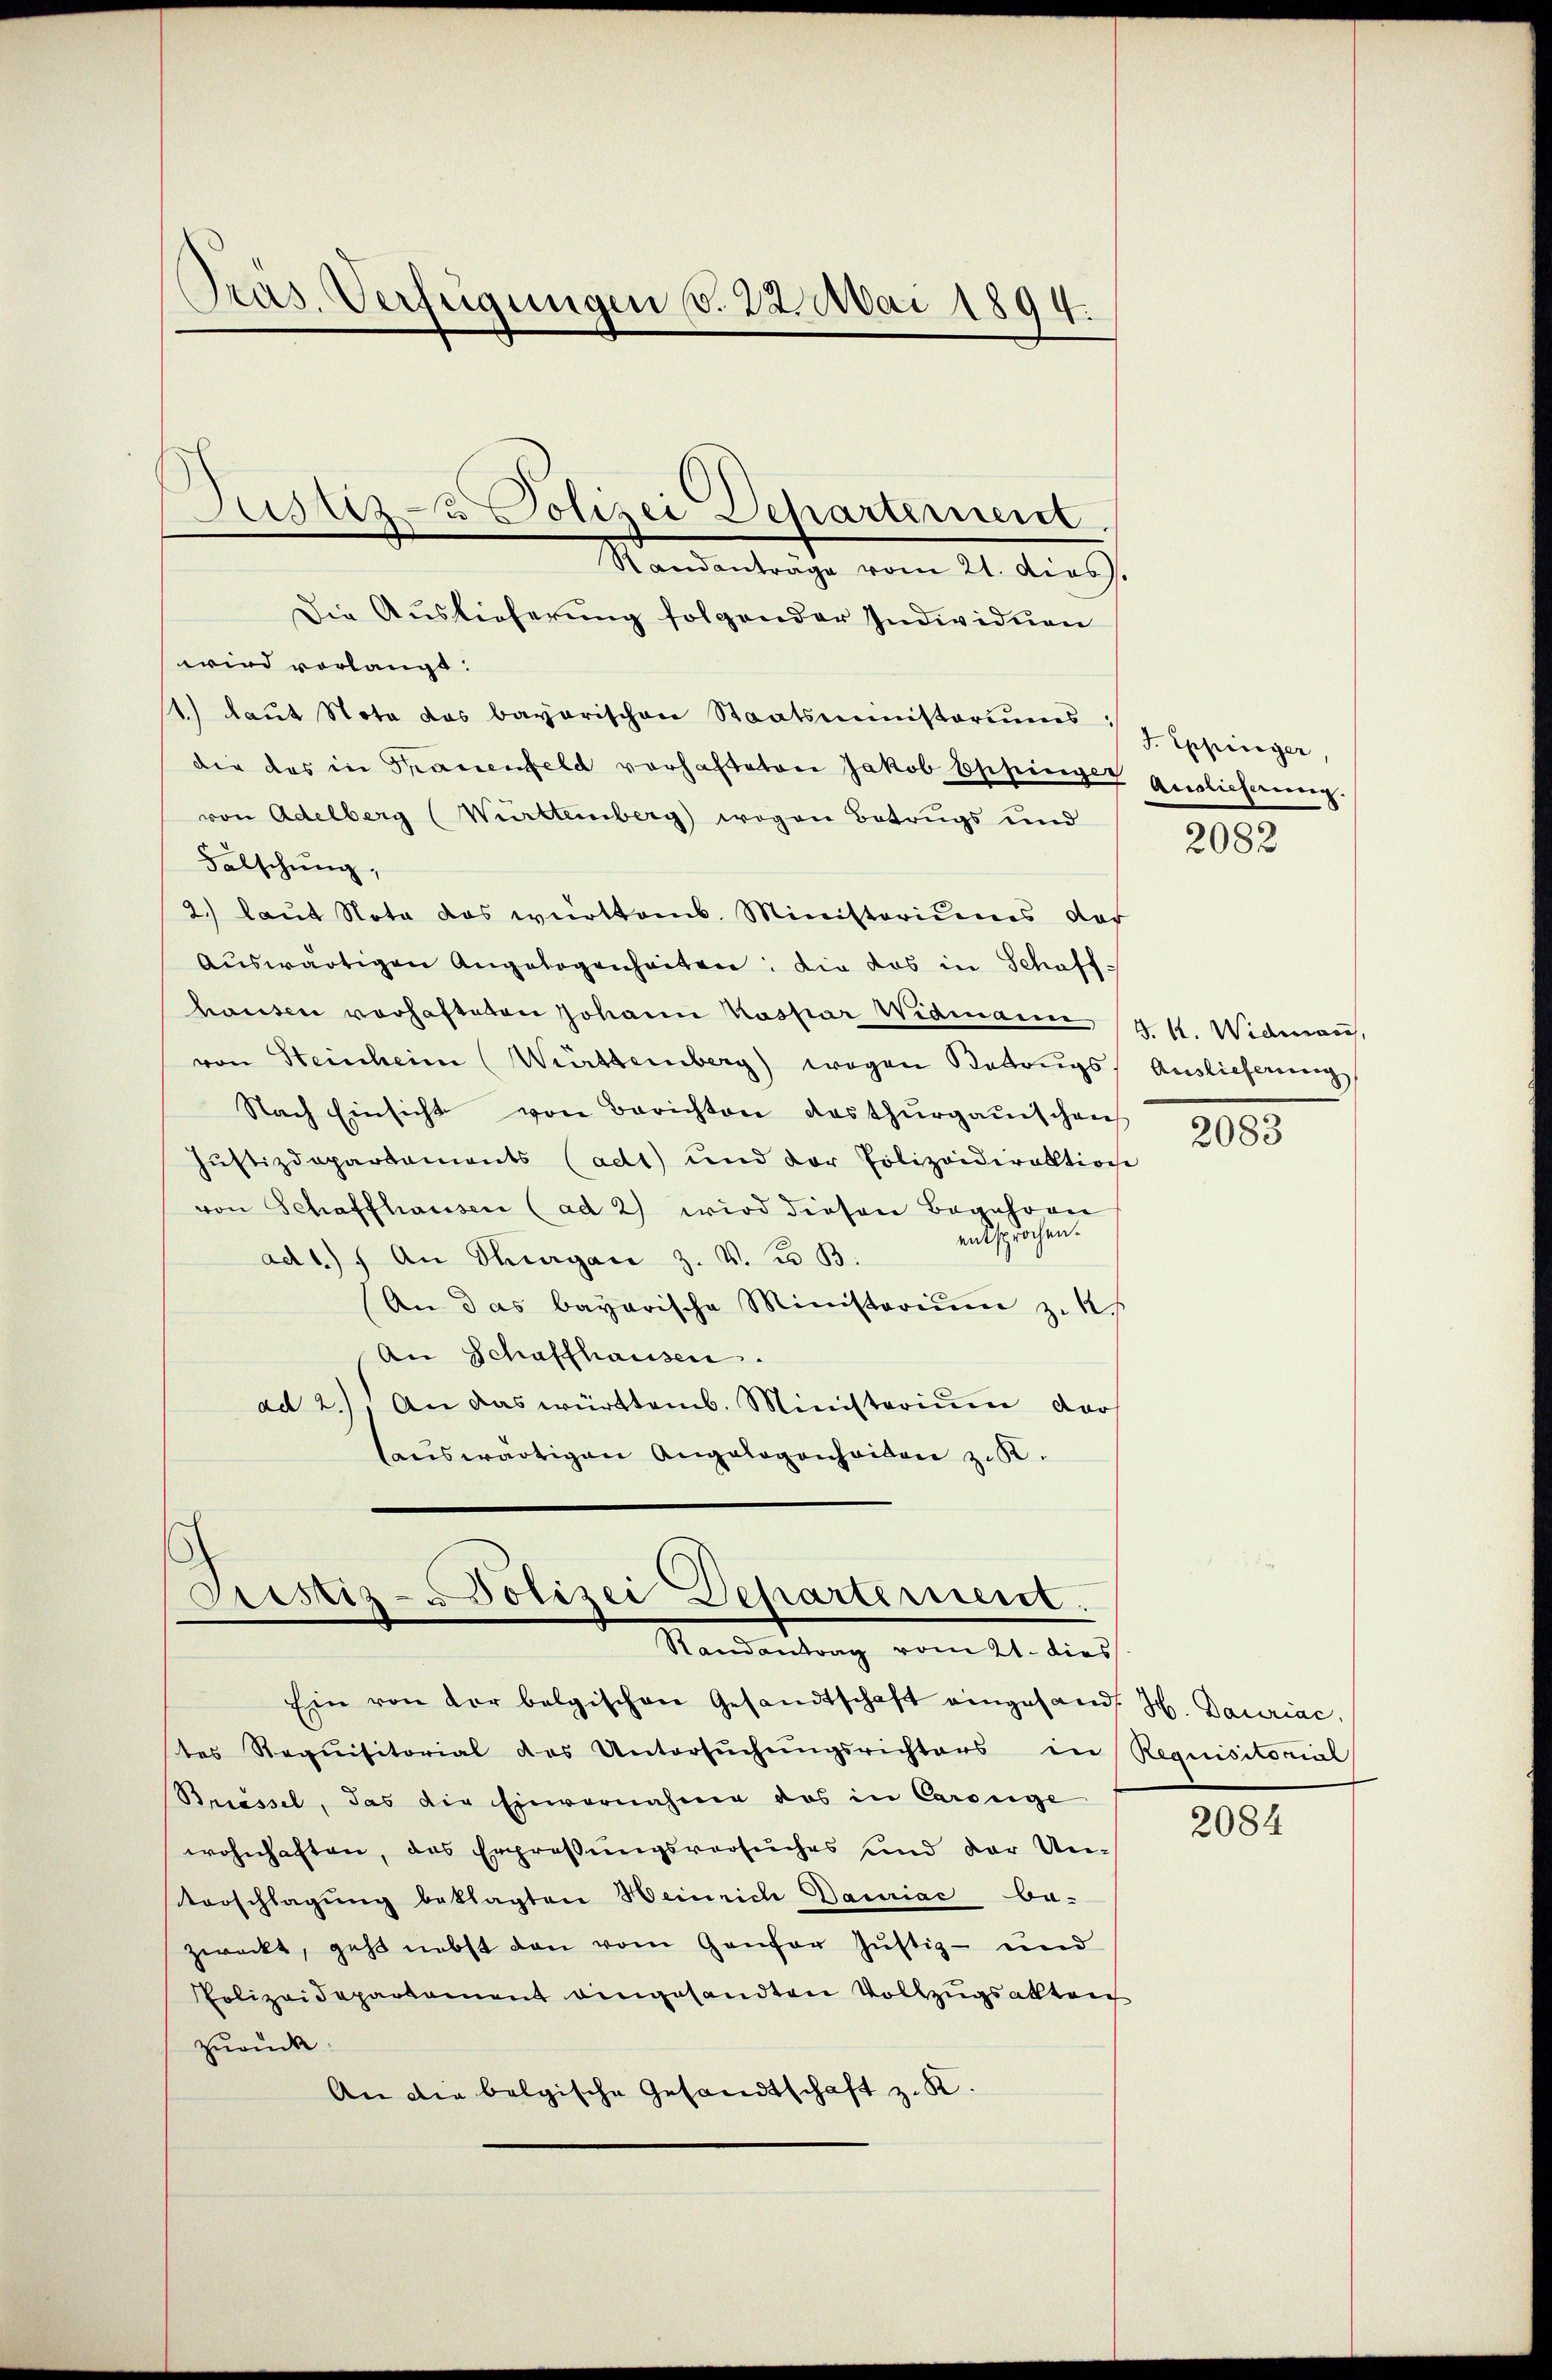
Präs. Verfügungen v. 22. Mai 1894.
.

Die Auslieferung folgender Individuen
wird vorlangt.
1) Laŭt Nota das bayerischen Staatsministoriŭms Eppinger,
die das in Frauenfeld vorhafteten Jakob Eppingen Auslicherŭng.
von Adelberg (Württeinberg) wegen Betrugs und
Falschung,
2.) laut Nota das württemb. Ministeriums das
Auswärtigen Angelegenheiten: die das in Schaff-
hausen vorhafteten Johann Kaspar Widmann (4 k. Widman,
von Steinheim (Württemberg) wegen Betrugs Auslieferung
Nach Einsicht von Berichten das thurgauischen
Justizdepartaments (ad1) und der Polizeidirektion
von Schaffhausen (ad 2) wird diesen Begehren
entsprochen.
ad1.) An Tagan z. V. u. B.
An das bayerische Ministerium zu k
An Schaffhausen.
ad 2.) An das württemb. Ministerium dor
auswärtigen Angelegenheiden zu.

Justiz- & Polizei Departement.
Randantrage vom 21. diess.

Pristiz-Polizei Departement.
Randantrag vom 21. dies
Ein von der belgischen Gesandtschaft eingesandt. H. Dauriac

tes Requisitorial das Untersŭchŭngsrichters in Requisitorial
Brassel, das die Einvernahme des in Carouge
wohnhaften, das Erpressungsversuches und der Un-
Vorschlagung beklagten Heinrich Davriac ba-
zweckt, geht nebst den vom Genfer Justiz- und
Polizeidepartement eingesandten Vollzugsakten
zurück.
An die belgische Gesandtschaft z. K.

2082

2083

2084